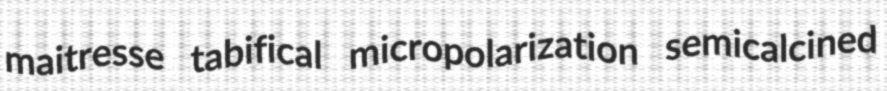
maitresse tabifical micropolarization semicalcined